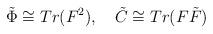
LaTeX: \begin{align*}\tilde{\Phi} \cong Tr (F^2), \quad \tilde{C} \cong Tr (F\tilde{F})\end{align*}